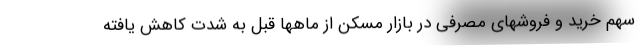
سهم خرید و فروشهای مصرفی در بازار مسکن از ماهها قبل به شدت کاهش یافته